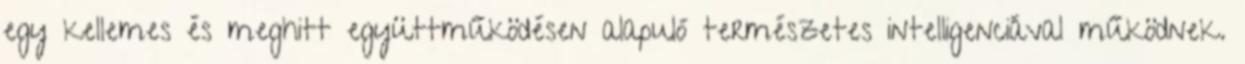
egy kellemes és meghitt együttműködésen alapuló természetes intelligenciával működnek.